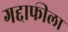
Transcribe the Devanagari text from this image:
गद्दाफीला